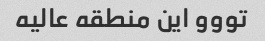
تووو این منطقه عالیه